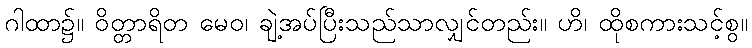
ဂါထာ၌။ ဝိတ္တာရိတ မေဝ၊ ချဲ့အပ်ပြီးသည်သာလျှင်တည်း။ ဟိ၊ ထိုစကားသင့်စွ။